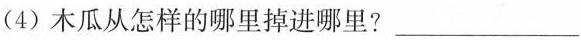
(4)木瓜掉落的声音是怎样的？___